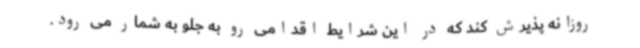
روزانه پذیرش کند که در این شرایط اقدامی رو به جلو به شمار می رود.